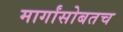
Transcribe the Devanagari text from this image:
मार्गांसोबतच